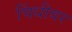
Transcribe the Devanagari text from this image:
चिंधीवर